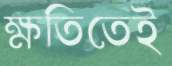
ক্ষতিতেই